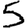
Digit: 5